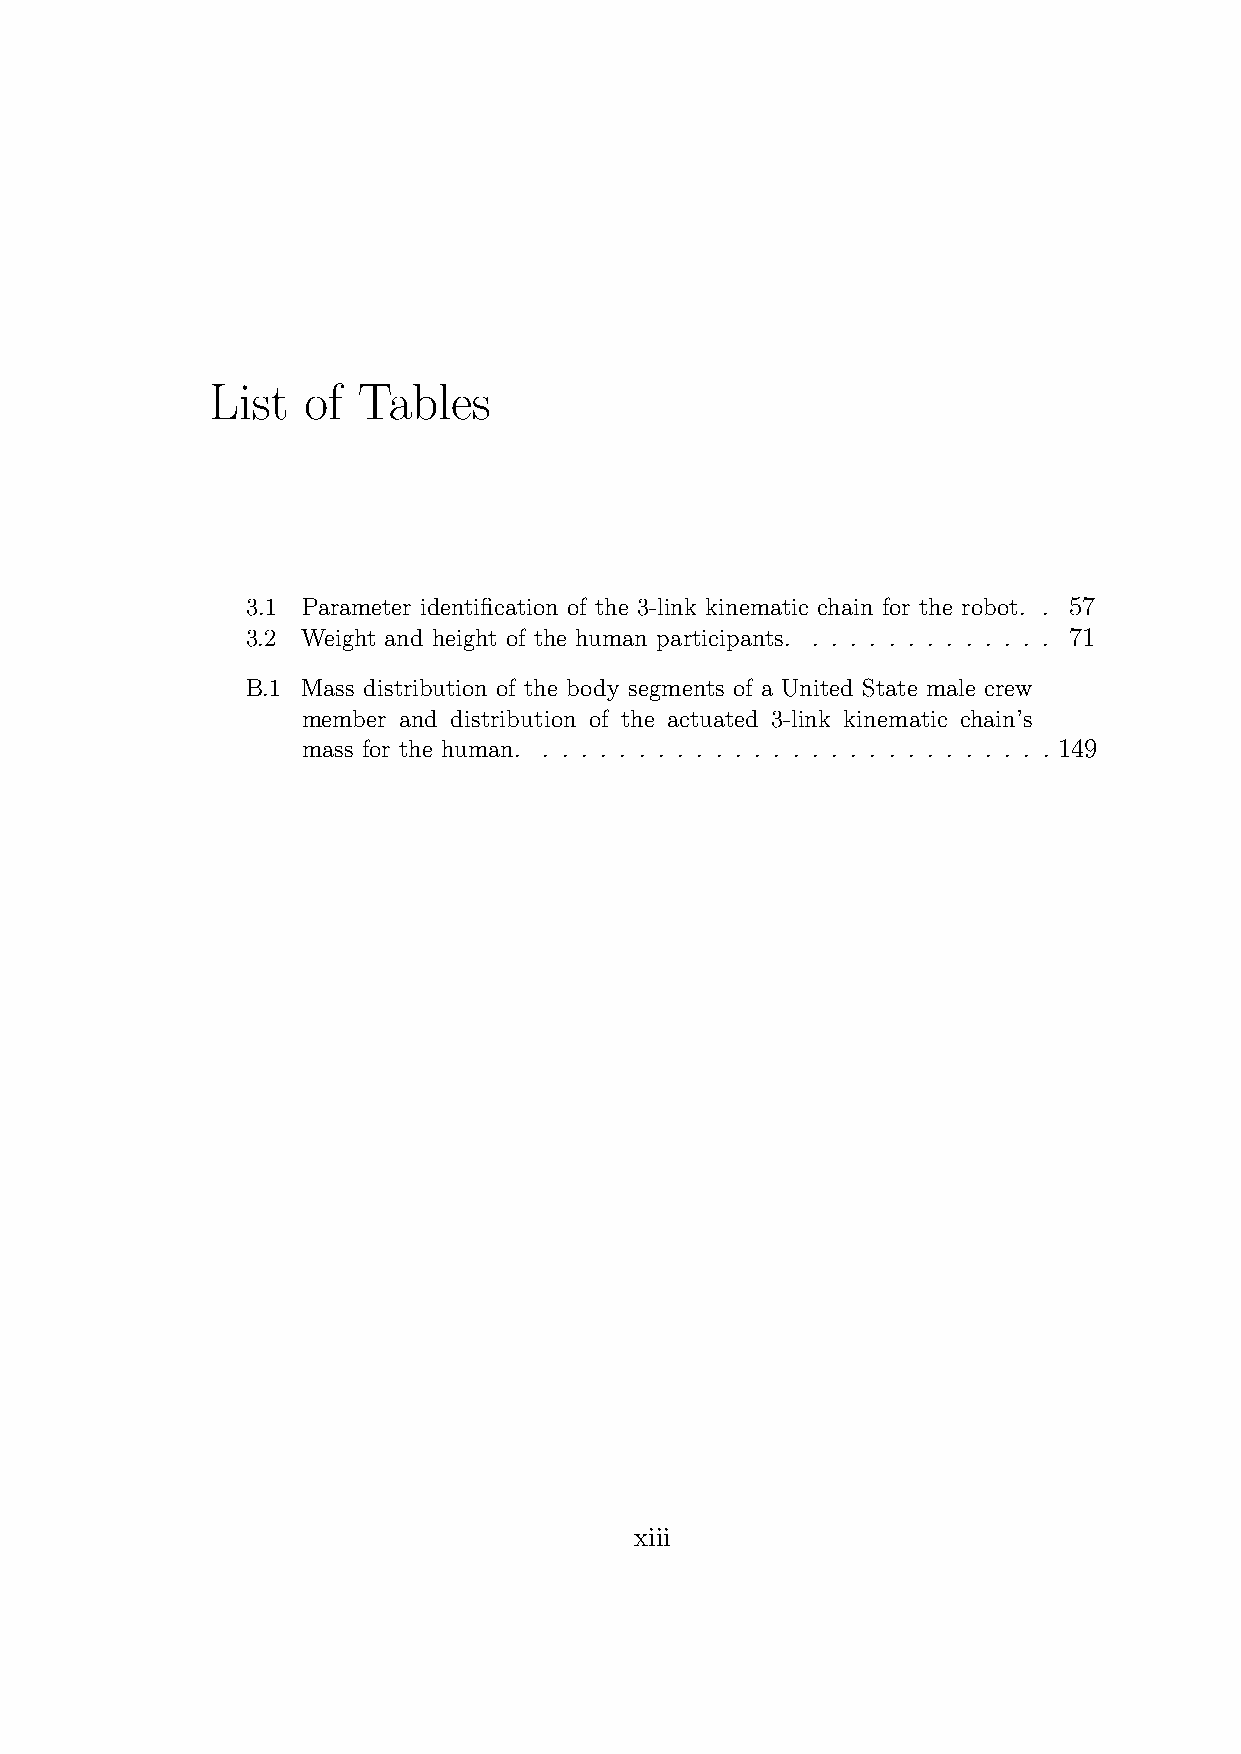
List  of  Tables
 3.1 Parameter identification of the 3-link kinematic chain for the robot. . 57
 3.2 Weight and height of the human participants. . . . . . . . . . . . . . 71
 B.1 Mass distribution of the body segments of a United State male crew
 member and distribution of the actuated 3-link kinematic chain’s
 mass for the human. . . . . . . . . . . . . . . . . . . . . . . . . . . . 149
 xiii